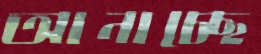
আনাচ্ছে